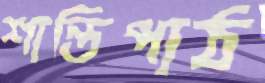
শান্তিপাঠ